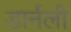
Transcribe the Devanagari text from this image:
डार्नली